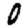
Digit: 0